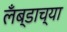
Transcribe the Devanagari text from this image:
लँब्डाच्या